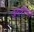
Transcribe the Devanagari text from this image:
जयश्रीबाई